Eesti_Rahvusfond, lk 89
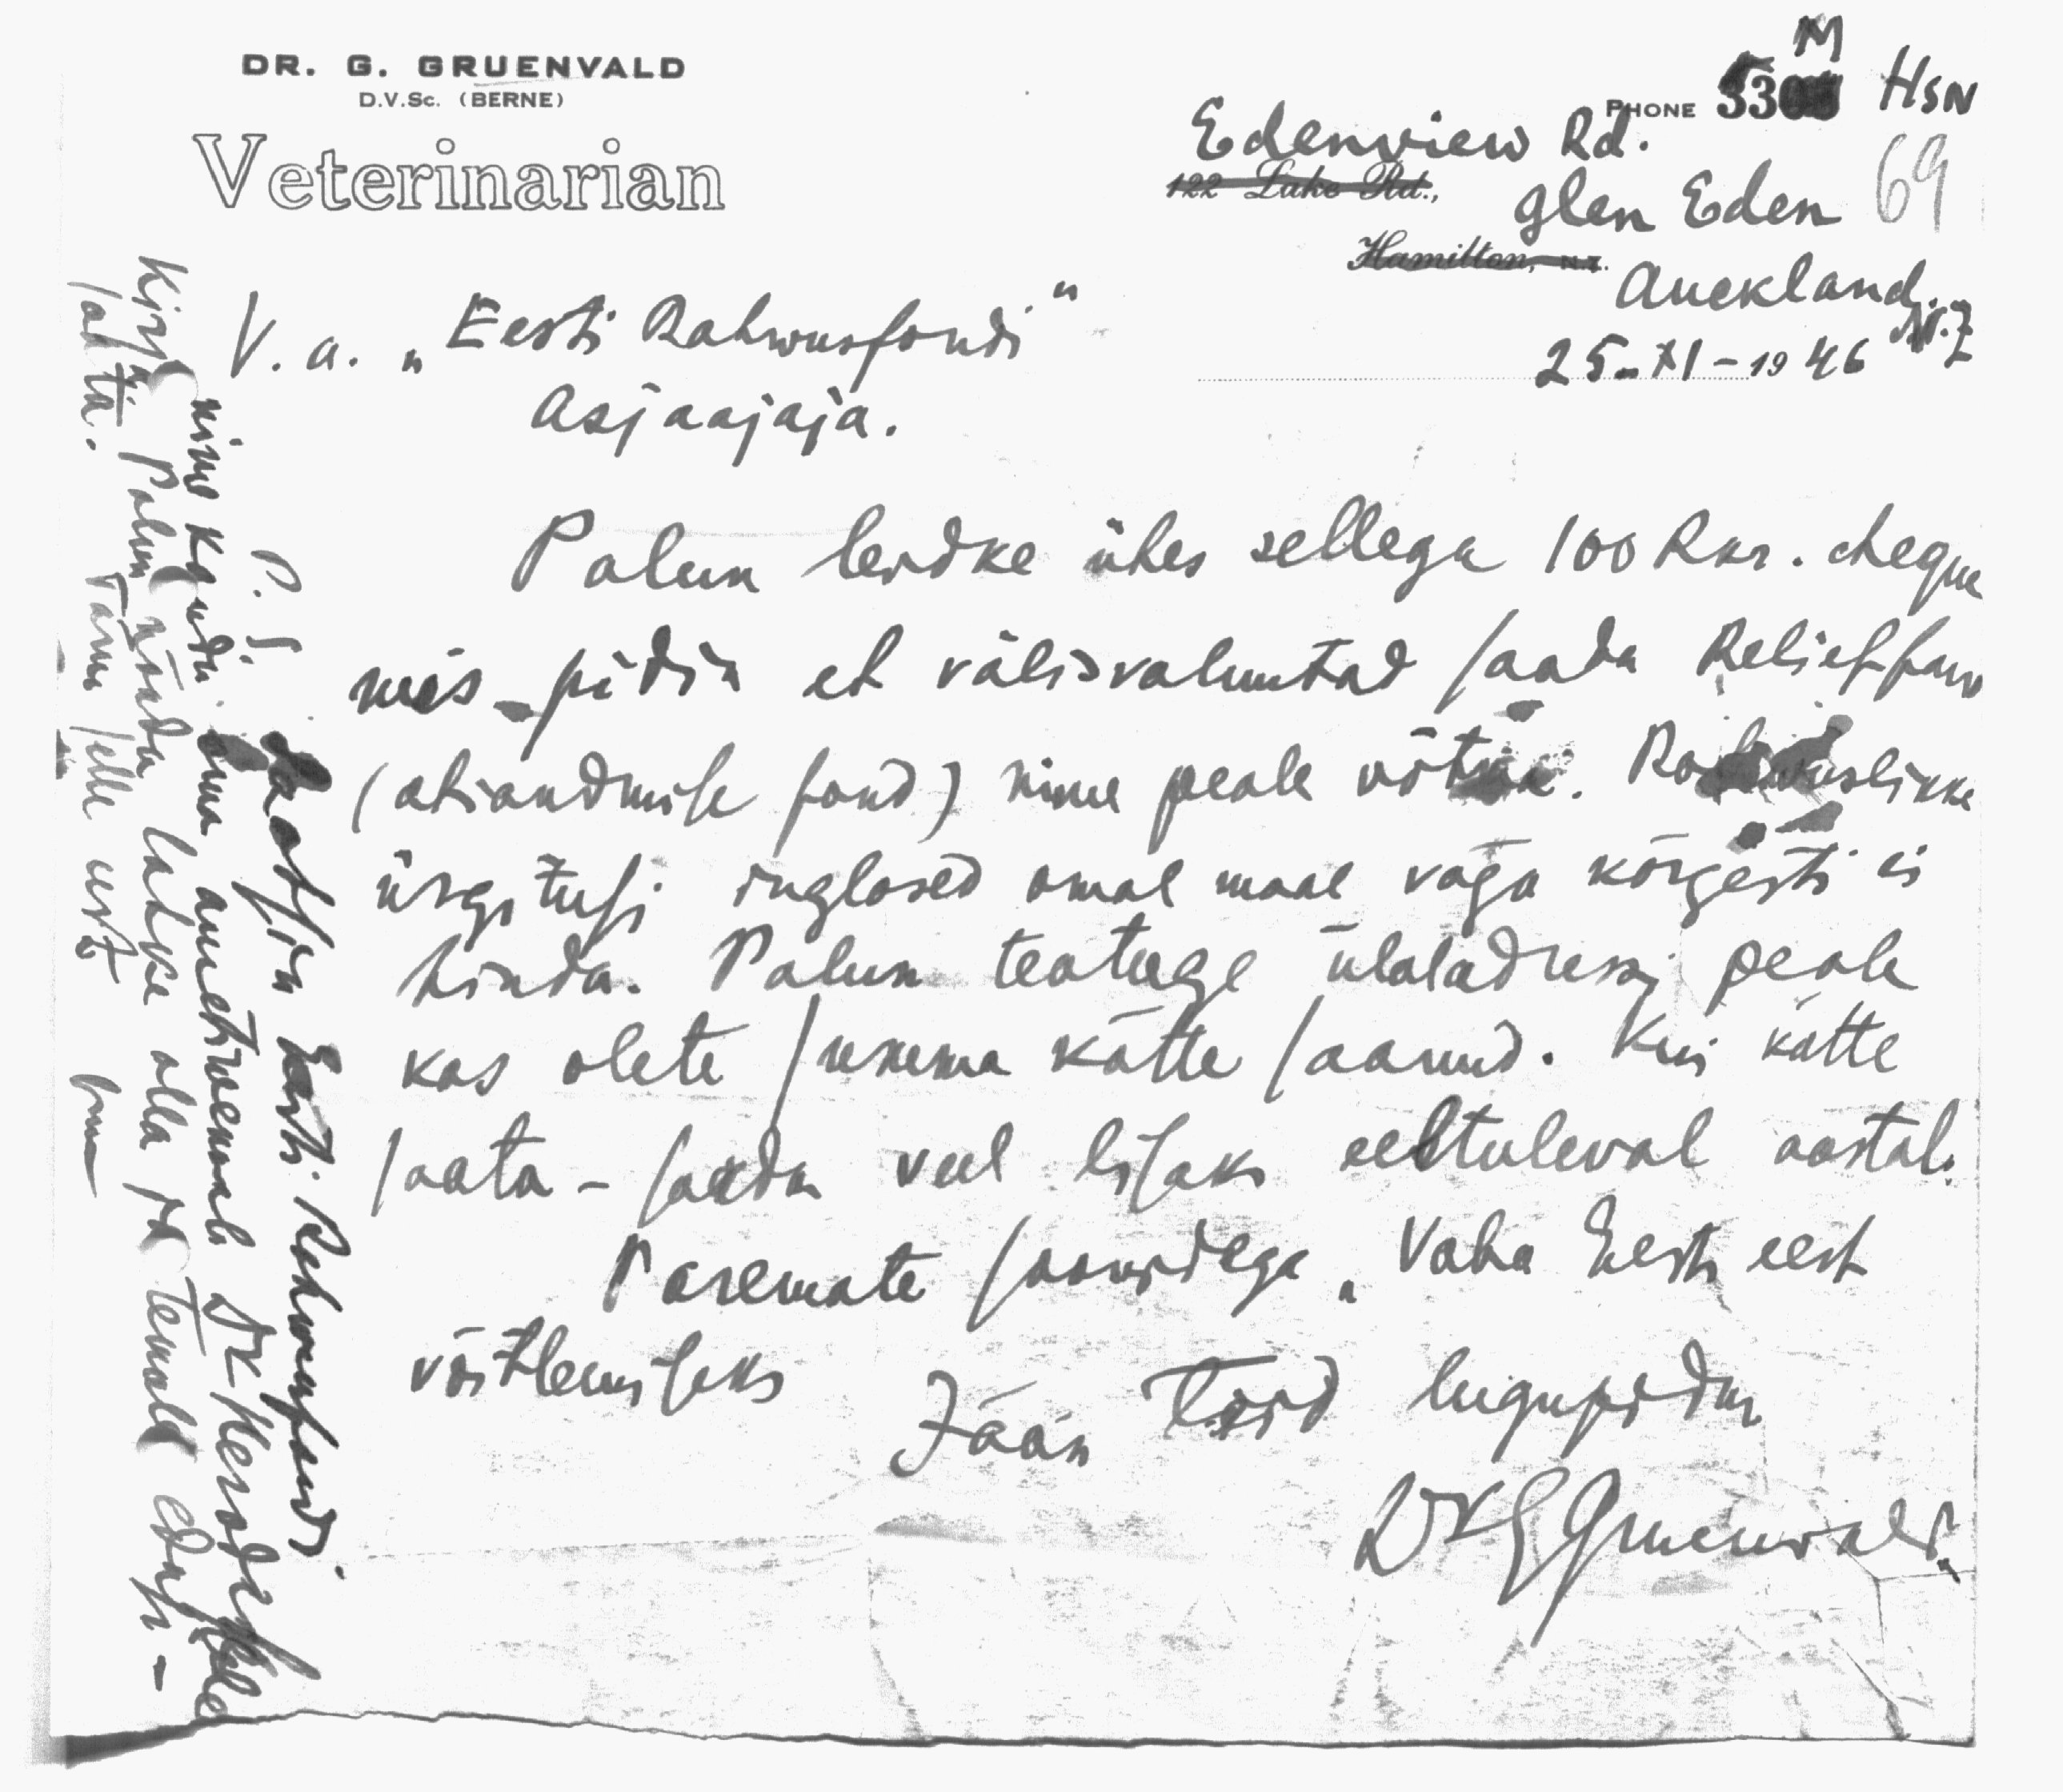
DR. G. GRUENVALD
D.V.Sc. (BERNE)
Veterinarian
Edenview Rd.
Glen Eden
69
Auckland.
25-XI-1946
V. a. "Eesti Rahwusfondi"
asjaajaja.
Palun leidke ühes sellega 100 Rkr. cheque
mis pidin et välisvaluutad saada Reliefan
(abiandmise fond) nime peale võtma. Kohutuslikke
ärgitusi inglased omal maal väga kõrgesti ei
hinda. Palun teatage ülaladressi peale
kas olete summa kätte saanud. Kui kätte
saata - saadan veel lisaks eeltuleval aastal.
Paremate soowidega "Vaba Eesti eest
võitlemiseks
Jään Teid lugupidm
Dr. Gruenwald